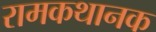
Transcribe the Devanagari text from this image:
रामकथानक